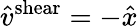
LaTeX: \hat{v}^{\mathrm{shear}}=-\hat{x}